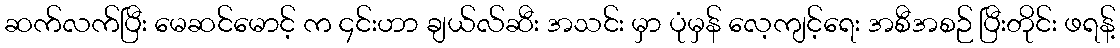
ဆက်လက်ပြီး မေဆင်မောင့် က ၄င်းဟာ ချယ်လ်ဆီး အသင်း မှာ ပုံမှန် လေ့ကျင့်ရေး အစီအစဉ် ပြီးတိုင်း ဖရန့်